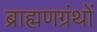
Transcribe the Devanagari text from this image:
ब्राह्मणग्रंथों